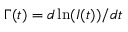
\Gamma ( t ) = d \ln ( I ( t ) ) / d t